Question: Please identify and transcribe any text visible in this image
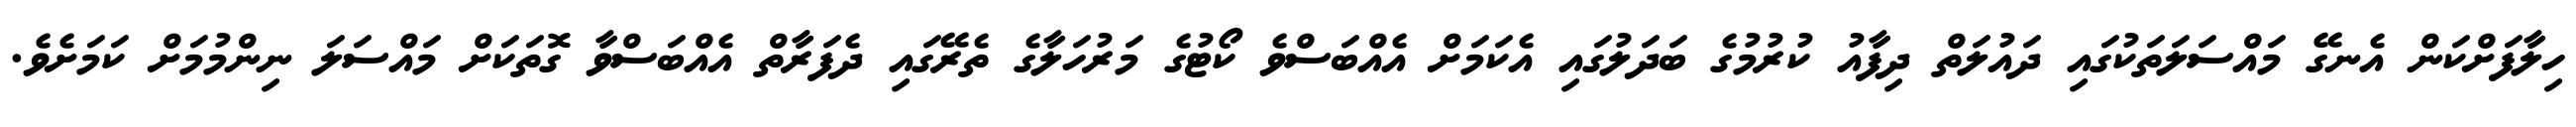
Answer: ހިލާފަށްކަން އެނގޭ މައްސަލަތަކުގައި ދައުލަތް ދިފާއު ކުރުމުގެ ބަދަލުގައި އެކަމަށް އެއްބަސްވެ ކޯޓުގެ މަރުހަލާގެ ތެރޭގައި ދެފަރާތް އެއްބަސްވާ ގޮތަކަށް މައްސަލަ ނިންމުމަށް ކަމަށެވެ.